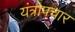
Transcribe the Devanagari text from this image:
यंत्रोपचार